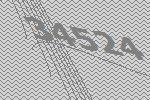
34524